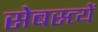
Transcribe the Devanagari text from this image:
सेबस्त्यें